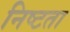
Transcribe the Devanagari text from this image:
निष्टता